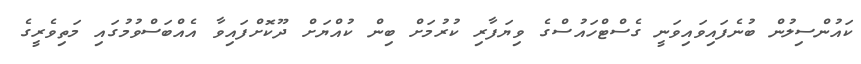
ކައުންސިލުން ބުނެފައިވައިވަނީ ގެސްޓްހައުސްގެ ވިޔަފާރި ކުރުމަށް ބިން ކުއްޔަށް ދޫކޮށްފައިވާ އެއްބަސްވުމުގައި މަތިވެރީގެ